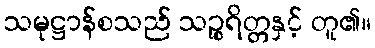
သမုဋ္ဌာန်စသည် သဉ္စရိတ္တနှင့် တူ၏။